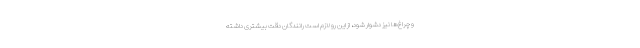
و چراغ‌ها نیز دشوار شود، از این رو لازم است رانندگان دقت بیشتری داشته